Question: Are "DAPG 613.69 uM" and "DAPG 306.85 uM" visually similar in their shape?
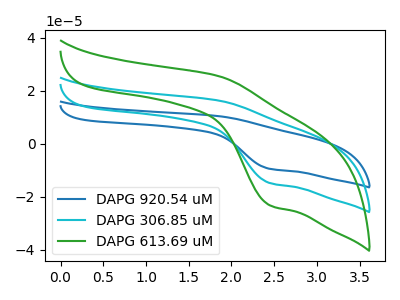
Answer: <think>The blue curve "DAPG 920.54 uM" has an anodic peak at (1.85V, 32.70uA) and a cathodic peak at (2.45V, -29.80uA). The cyan curve "DAPG 306.85 uM" has an anodic peak at (1.85V, 16.35uA) and a cathodic peak at (2.45V, -14.90uA). The green curve "DAPG 613.69 uM" has an anodic peak at (1.85V, 25.60uA) and a cathodic peak at (2.45V, -23.30uA).
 All the peaks in "DAPG 613.69 uM" have a peak in "DAPG 306.85 uM" at the same potential. Every peak in "DAPG 613.69 uM" is higher than every peak in "DAPG 306.85 uM".</think>
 <answer>"DAPG 613.69 uM" and "DAPG 306.85 uM" are similar in shape.</answer>
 <eval>same_shape</eval>